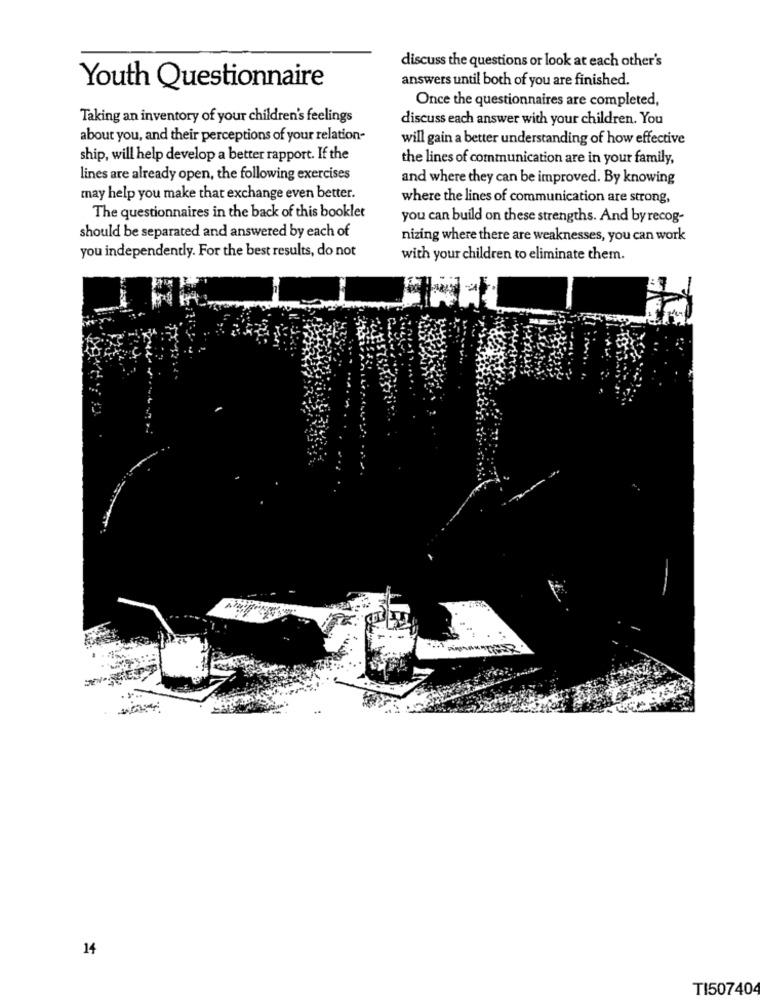
discuss the questions or look at each other's
answers until both of you are finished.
Youth Questionnaire
Once the questionnaires are completed,
Taking an inventory of your children's feelings
discuss each answer with your children. You
about you, and their perceptions of your relation-
will gain a better understanding of how effective
ship, will help develop a better rapport. If the
the lines of communication are in your family,
lines are already open, the following exercises
and where they can be improved. By knowing
may help you make that exchange even better.
where the lines of communication are strong,
The questionnaires in the back of this booklet
you can build on these strengths. And by recog-
should be separated and answered by each of
nizing where there are weaknesses, you can work
you independently. For the best results, do not
with your children to eliminate them.
14
TI50740